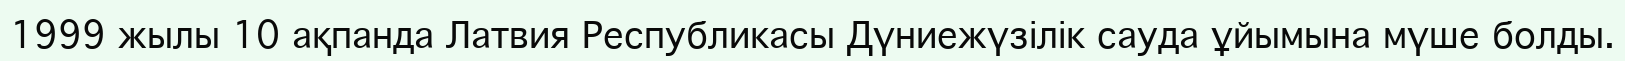
1999 жылы 10 ақпанда Латвия Республикасы Дүниежүзілік сауда ұйымына мүше болды.